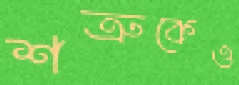
শত্রুকেও